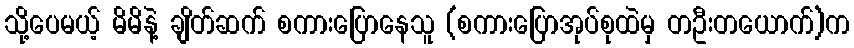
သို့ပေမယ့် မိမိနဲ့ ချိတ်ဆက် စကားပြောနေသူ (စကားပြောအုပ်စုထဲမှ တဦးတယောက်)က